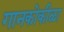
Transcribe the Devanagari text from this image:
गानकोकीळा